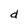
Character: d